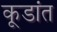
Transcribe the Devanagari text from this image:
कूडांत